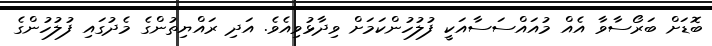
ބޮޑަށް ބަރޯސާވާ އެއް މުއައްސަސާއަކީ ފުލުހުންކަމަށް ވިދާޅުވިއެވެ. އަދި ރައްޔިތުންގެ މެދުގައި ފުލުހުންގެ